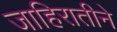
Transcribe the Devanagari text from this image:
जाहिरातीने